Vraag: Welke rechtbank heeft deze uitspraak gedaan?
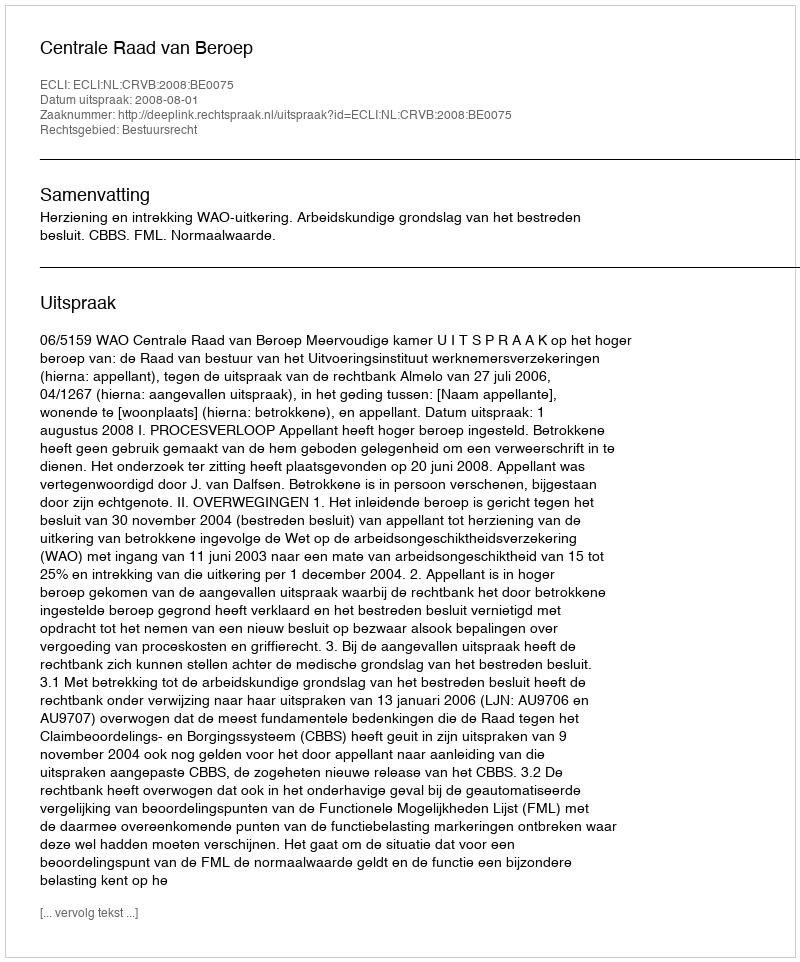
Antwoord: Centrale Raad van Beroep